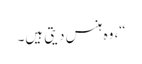
“، وہ ہنس دیتی ہیں۔